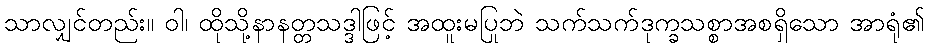
သာလျှင်တည်း။ ဝါ၊ ထိုသို့နာနတ္တသဒ္ဒါဖြင့် အထူးမပြုဘဲ သက်သက်ဒုက္ခသစ္စာအစရှိသော အာရုံ၏